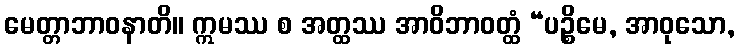
မေတ္တာဘာဝနာတိ။ ဣမဿ စ အတ္ထဿ အာဝိဘာဝတ္ထံ “ပဉ္စိမေ, အာဝုသော,